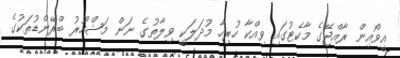
އީވޯއިން ރާއްޖޭގެ މާކެޓުގައި ވިއްކާ ހުރިހާ މުދަލަކީ ވިލާތުގެ ނަން މަޝްހޫރު ބްރޭންޑުތަކުގެ